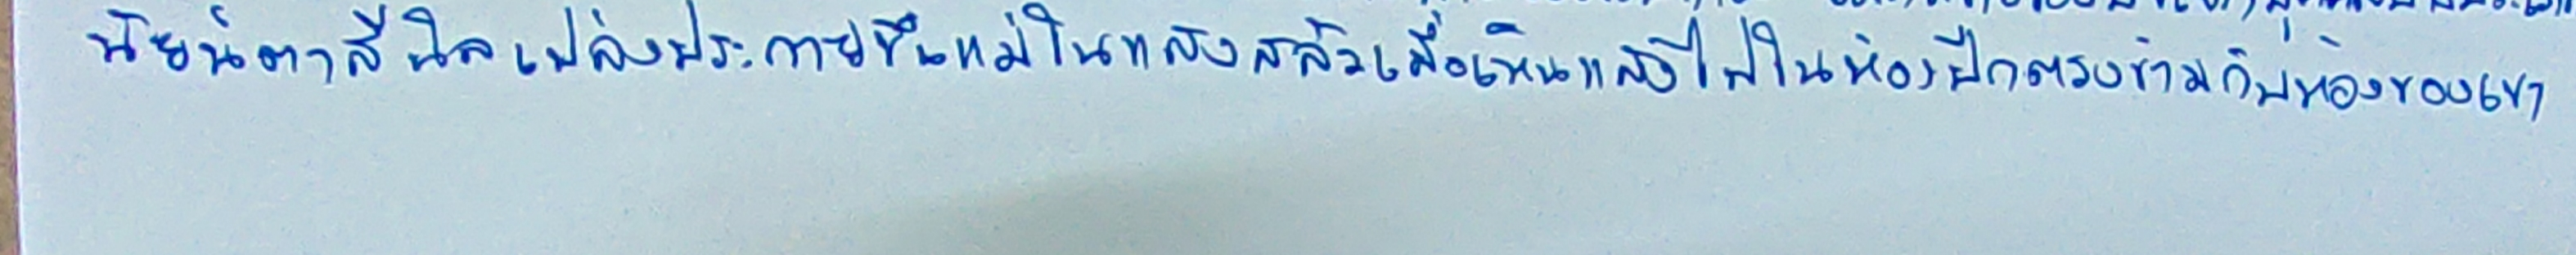
นัยน์ตาสีนิลเปล่งประกายขึ้นแม้ในแสงสลัวเมื่อเห็นแสงไฟในห้องปีกตรงข้ามกับห้องของเขา